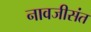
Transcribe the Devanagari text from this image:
नावजीसंत